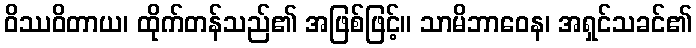
ဝိဿဝိတာယ၊ ထိုက်တန်သည်၏ အဖြစ်ဖြင့်။ သာမိဘာဝေန၊ အရှင်သခင်၏